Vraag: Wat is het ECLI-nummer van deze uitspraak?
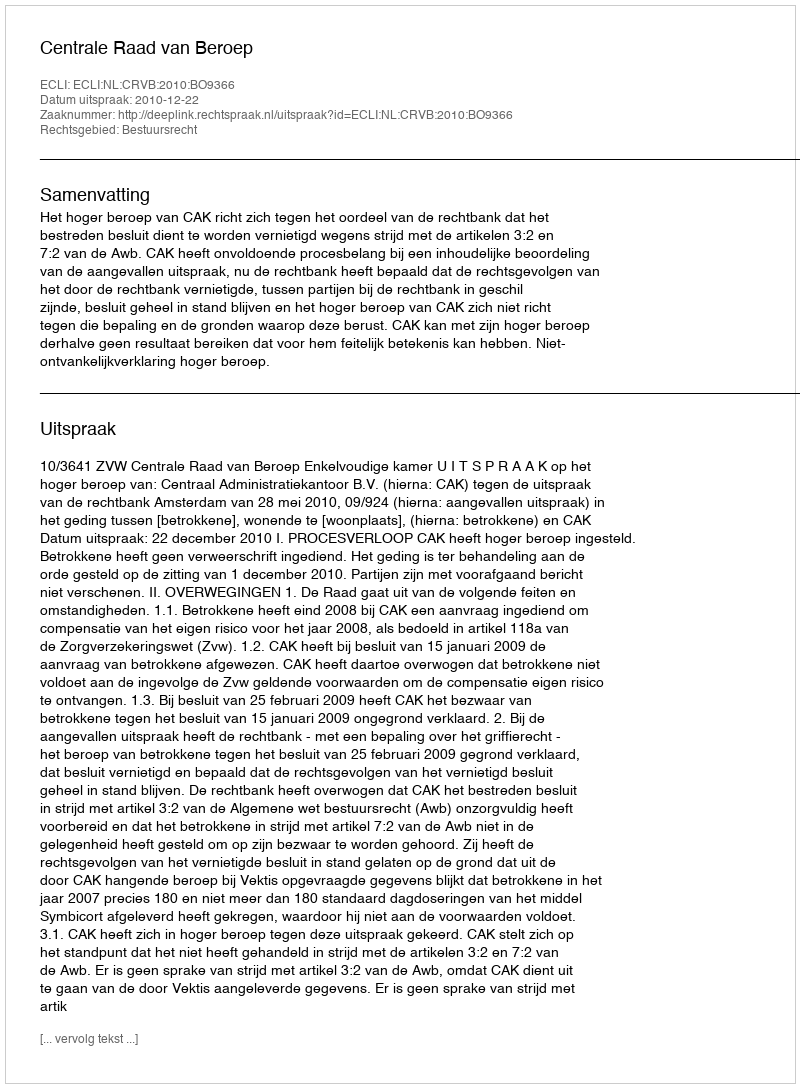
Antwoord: ECLI:NL:CRVB:2010:BO9366